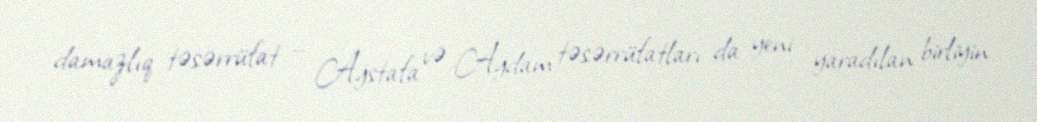
damazlıq təsərrüfat – Ağstafa və Ağdam təsərrüfatları da yeni yaradılan birliyin